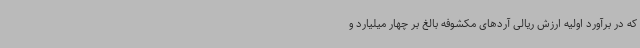
که در برآورد اولیه ارزش ریالی آردهای مکشوفه بالغ بر چهار میلیارد و